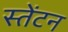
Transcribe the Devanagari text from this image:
स्तेंटन